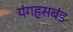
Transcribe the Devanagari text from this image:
यंगहसबंड